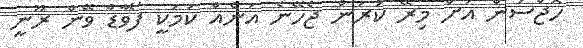
ހޮޖްސަން އަށް މިރޭ ކުރަން ޖެހޭނެ އަނެއް ކަމަކީ ފޯވާޑް ވޭން ރޫނީ